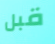
قبل